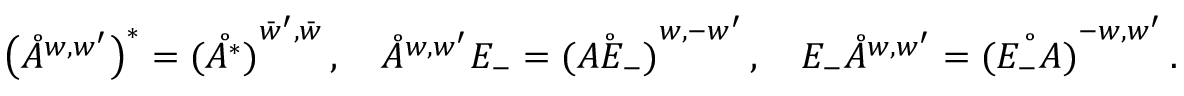
\big ( \mathring { A } ^ { { w , w ^ { \prime } } } \big ) ^ { * } = \mathring { ( A ^ { * } ) } ^ { { \bar { w } ^ { \prime } , \bar { w } } } \, , \quad \mathring { A } ^ { w , w ^ { \prime } } E _ { - } = \mathring { ( A E _ { - } ) } ^ { { w , - w ^ { \prime } } } \, , \quad E _ { - } \mathring { A } ^ { w , w ^ { \prime } } = \mathring { ( E _ { - } A ) } ^ { { - w , w ^ { \prime } } } \, .